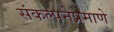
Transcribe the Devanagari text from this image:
संकल्पनेप्रमाणे